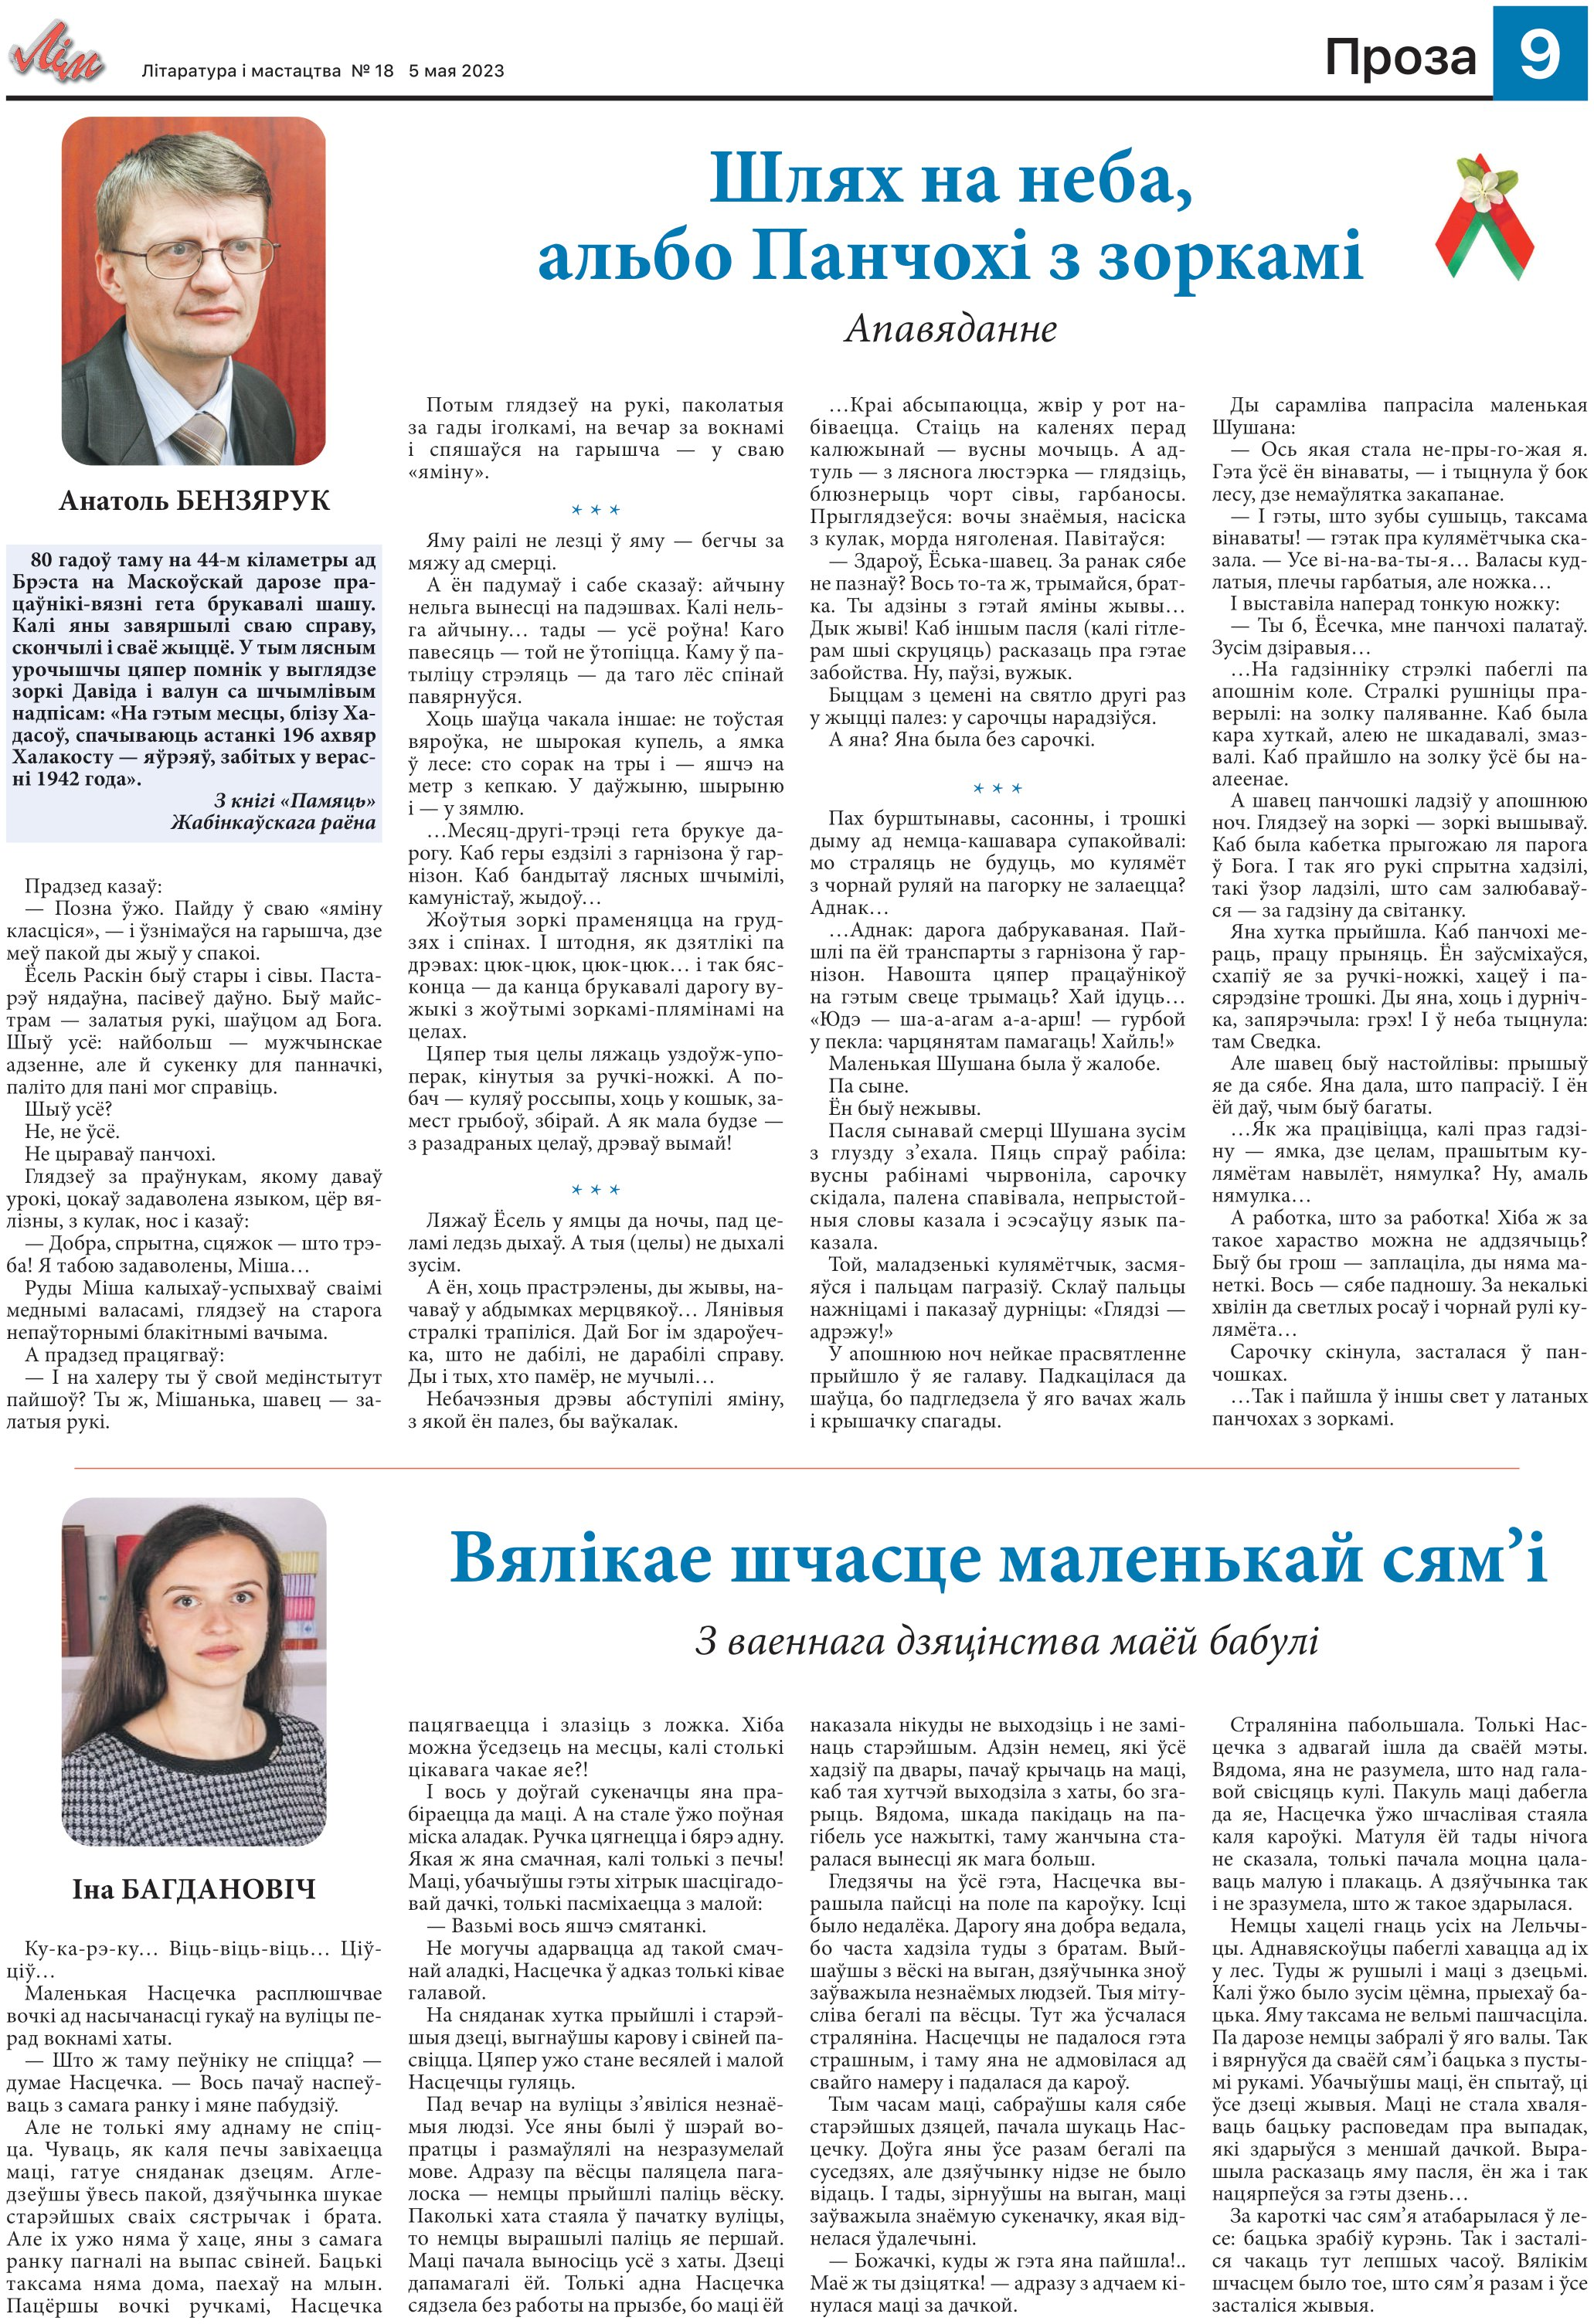
Language: be